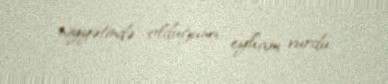
niyyətində olduğuna eyham vurdu.